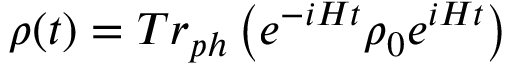
\rho ( t ) = T r _ { p h } \left( e ^ { - i H t } \rho _ { 0 } e ^ { i H t } \right)